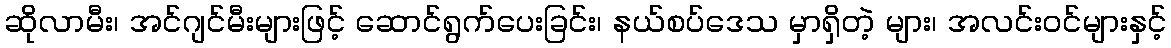
ဆိုလာမီး၊ အင်ဂျင်မီးများဖြင့် ဆောင်ရွက်ပေးခြင်း၊ နယ်စပ်ဒေသ မှာရှိတဲ့ များ၊ အလင်းဝင်များနှင့်